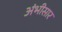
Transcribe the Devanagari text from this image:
अंभीसार